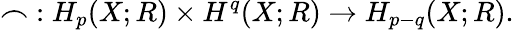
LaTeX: \frown\; :H_{p}(X;R)\times H^{q}(X;R)\rightarrow H_{p-q}(X;R).